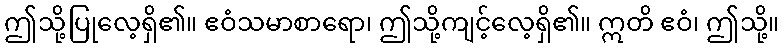
ဤသို့ပြုလေ့ရှိ၏။ ဧဝံသမာစာရော၊ ဤသို့ကျင့်လေ့ရှိ၏။ ဣတိ ဧဝံ၊ ဤသို့။